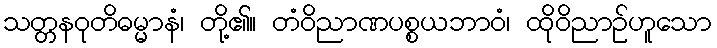
သတ္တနဝုတိဓမ္မာနံ၊ တို့၏။ တံဝိညာဏပစ္စယဘာဝံ၊ ထိုဝိညာဉ်ဟူသော